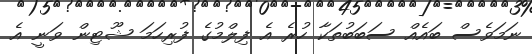
ނަމަވެސް ބައެއް ސަބަބުތަކާ ހުރެ އެ ފިލްމުގެ ފުރިހަމަ ޝޫޓިން ވަނީ އެ